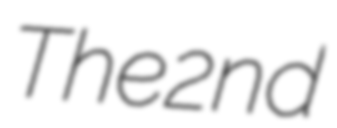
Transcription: The 2nd